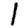
Digit: 1